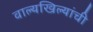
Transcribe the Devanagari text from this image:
वाल्यखिल्यांची